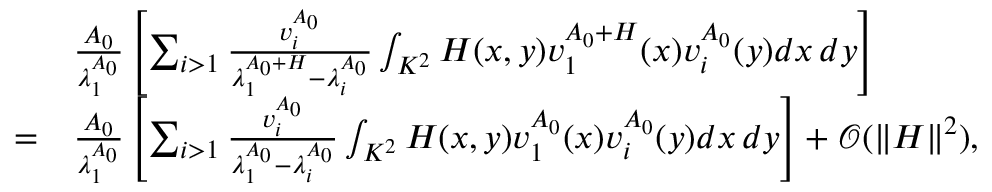
\begin{array} { r l } & { \frac { A _ { 0 } } { \lambda _ { 1 } ^ { A _ { 0 } } } \left[ \sum _ { i > 1 } \frac { v _ { i } ^ { A _ { 0 } } } { \lambda _ { 1 } ^ { A _ { 0 } + H } - \lambda _ { i } ^ { A _ { 0 } } } \int _ { K ^ { 2 } } H ( x , y ) v _ { 1 } ^ { A _ { 0 } + H } ( x ) v _ { i } ^ { A _ { 0 } } ( y ) d x \, d y \right] } \\ { = } & { \frac { A _ { 0 } } { \lambda _ { 1 } ^ { A _ { 0 } } } \left[ \sum _ { i > 1 } \frac { v _ { i } ^ { A _ { 0 } } } { \lambda _ { 1 } ^ { A _ { 0 } } - \lambda _ { i } ^ { A _ { 0 } } } \int _ { K ^ { 2 } } H ( x , y ) v _ { 1 } ^ { A _ { 0 } } ( x ) v _ { i } ^ { A _ { 0 } } ( y ) d x \, d y \right] + \mathcal { O } ( \| H \| ^ { 2 } ) , } \end{array}